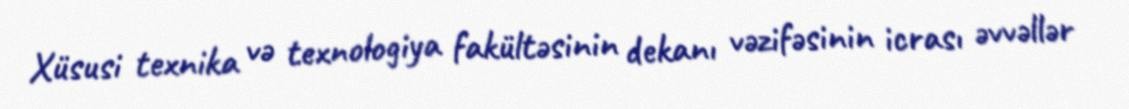
Xüsusi texnika və texnologiya fakültəsinin dekanı vəzifəsinin icrası əvvəllər